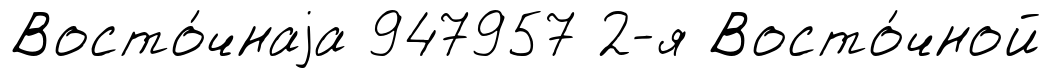
Восто́чнаjа 947957 2-я Восто́чной